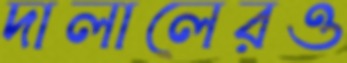
দালালেরও